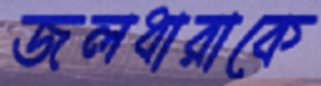
জলধারাকে